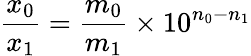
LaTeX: {\frac{x_{0}}{x_{1}}}={\frac{m_{0}}{m_{1}}}\times 10^{n_{0}-n_{1}}